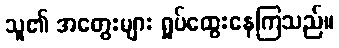
သူ၏ အတွေးများ ရှုပ်ထွေးနေကြသည်။